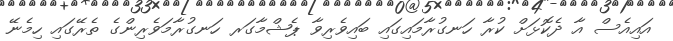
އައިއެސް އާ ދެކޮޅަށް ކުރާ ހަނގުރާމައިގައި ބައިވެރިވާ ޕެޝްމާގަރ ހަނގުރާމަވެރިންގެ ތެރޭގައި ހިމެނޭ